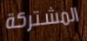
المشتركة